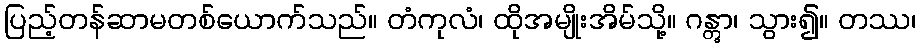
ပြည့်တန်ဆာမတစ်ယောက်သည်။ တံကုလံ၊ ထိုအမျိုးအိမ်သို့။ ဂန္တွာ၊ သွား၍။ တဿ၊